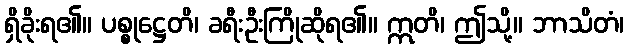
ရှိခိုးရ၏။ ပစ္စုဋ္ဌေတိ၊ ခရီးဦးကြိုဆိုရ၏။ ဣတိ၊ ဤသို့။ ဘာသိတံ၊